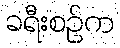
ခရီးစဉ်က